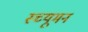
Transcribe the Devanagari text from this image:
स्च्यूमन